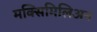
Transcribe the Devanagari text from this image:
मक्सिमिलिअन